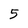
Character: 5